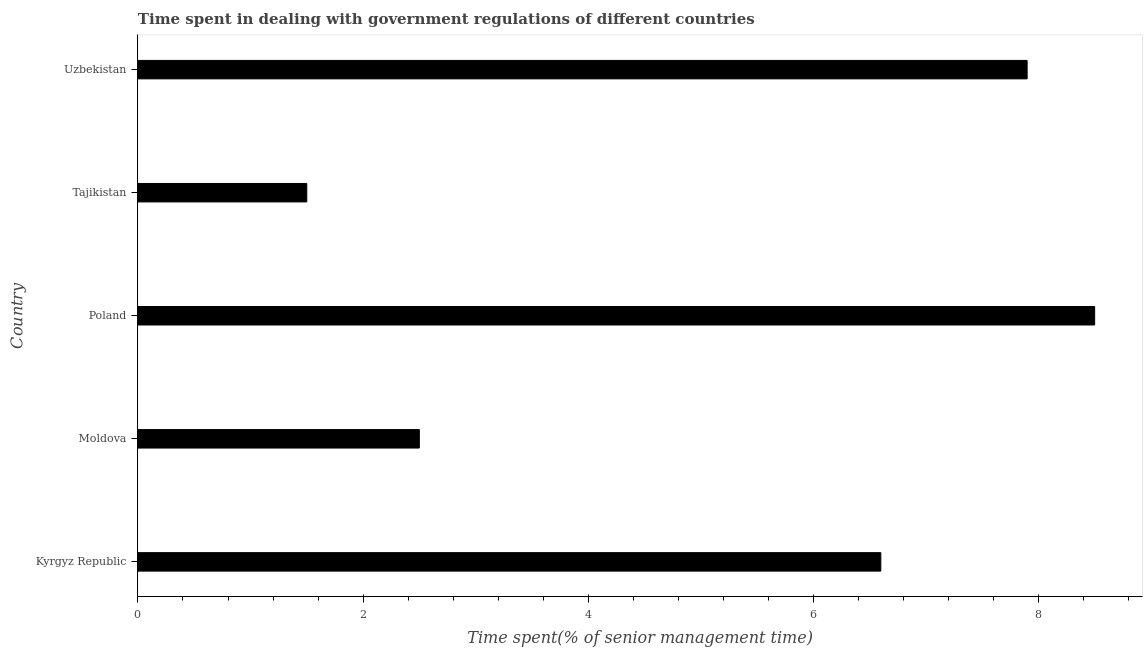
| Country | Government regulations |
 | --- | --- |
 | Kyrgyz Republic | 6.6 |
 | Moldova | 2.5 |
 | Poland | 8.5 |
 | Tajikistan | 1.5 |
 | Uzbekistan | 7.9 |